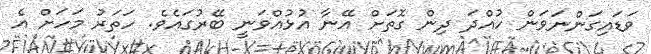
ވަޑައިގަންނަވަން ހުއްދަ ދިން ގޮތަށް އޭނާ އުޅުއްވަނީ ބޭރުގައެވެ. ހަތަރު މަހަށް އެ